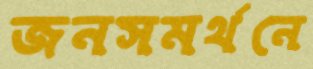
জনসমর্থনে